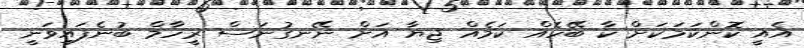
އެއީ ކޮންކަމަކަށް ކާ ބޭހެއް ކަމެއް ޖިޔާ އަށް ނޭނގުނަސް ރީހާމް ބުނެފައިވަނީ